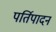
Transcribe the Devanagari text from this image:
पर्तिपादन